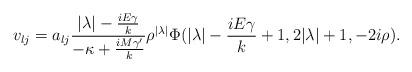
LaTeX: \begin{align*}v_{lj}=a_{lj}{{|\lambda|-{iE\gamma\over k}}\over {-\kappa+{iM{\gamma}'\over k}}}{\rho}^{|\lambda|}\Phi(|\lambda|-{iE\gamma\over k}+1,2|\lambda|+1,-2i\rho).\end{align*}